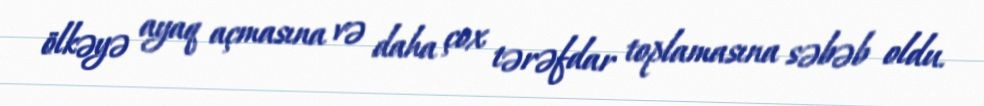
ölkəyə ayaq açmasına və daha çox tərəfdar toplamasına səbəb oldu.